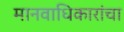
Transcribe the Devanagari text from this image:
मानवाधिकारांचा